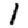
Digit: 1